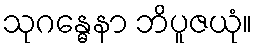
သုဂန္ဓေနာ ဘိပူဇယုံ။